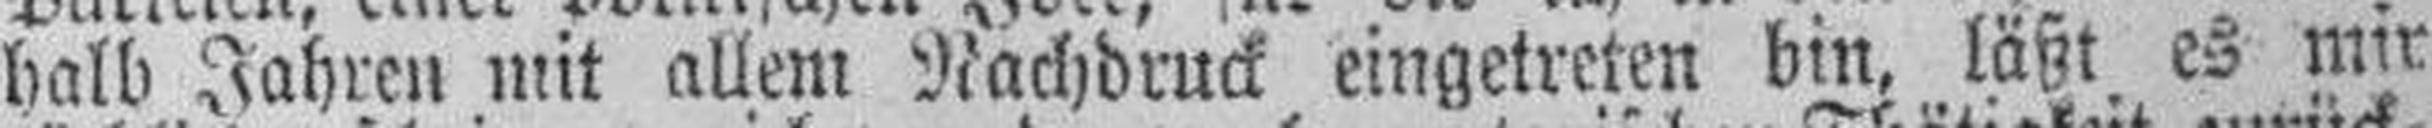
halb Jahren mit allem Nachdruck eingetreten bin, läßt es mir